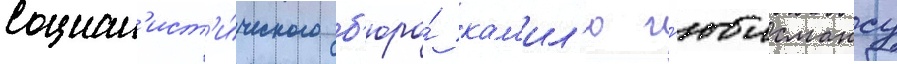
социал'ист'и́ческого б'юро́ кам'ил'ю г'юисмансу